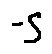
- S